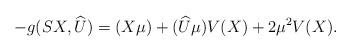
LaTeX: \begin{align*}-g(SX, \widehat{U})=(X\mu)+(\widehat{U}\mu)V(X)+2\mu^{2}V(X).\end{align*}